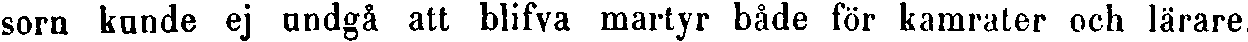
sorn kunde ej undgå att blifva martyr både för kamrater och lärare.